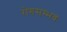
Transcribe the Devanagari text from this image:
रोगसम्भवः